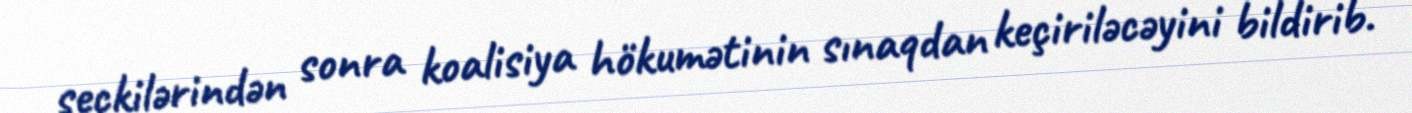
seçkilərindən sonra koalisiya hökumətinin sınaqdan keçiriləcəyini bildirib.